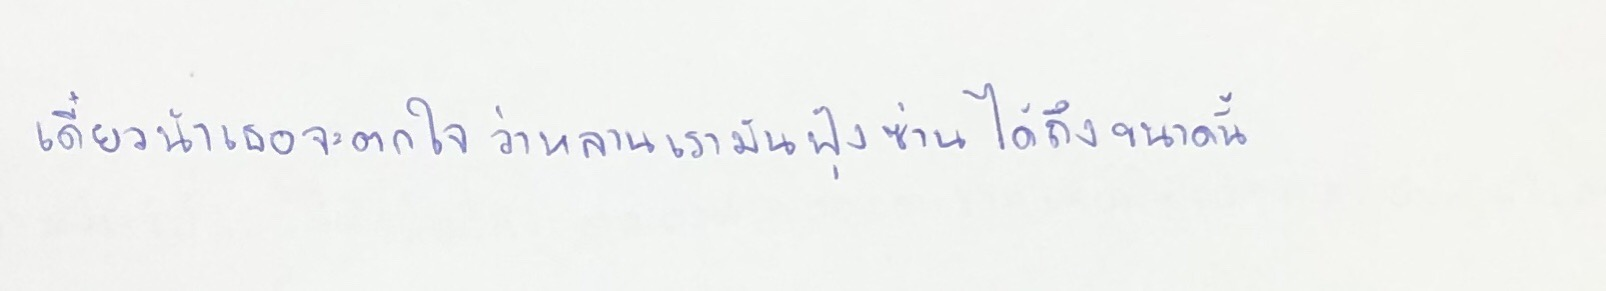
เดี๋ยวน้าเธอจะตกใจว่าหลานเรามันฟุ้งซ่านได้ถึงขนาดนี้"